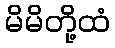
မိမိတို့ထံ